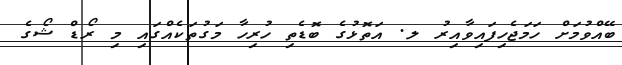
ބޭއްވުމަށް ހަމަޖެހިފައިވާއިރު ލ. އަތޮޅުގެ ބޮޑެތި ހުރިހާ މަގުތަކެއްގައި މި ރޯޑް ޝޯގެ